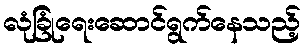
လုံခြုံရေးဆောင်ရွက်နေသည့်